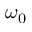
\omega _ { 0 }